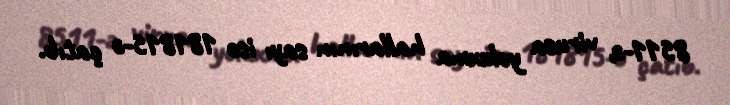
8511-ə, virusa yoluxma hallarının sayı isə 181815-ə çatıb.